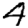
Digit: 4